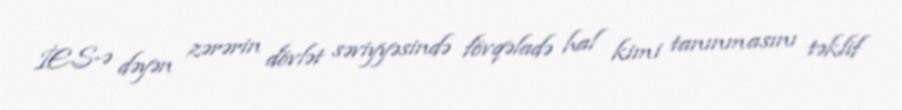
İES-ə dəyən zərərin dövlət səviyyəsində fövqəladə hal kimi tanınmasını təklif